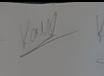
Signature authenticity: genuine